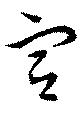
宮